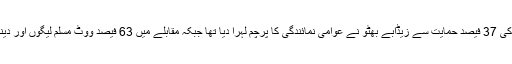
مغربی پاکستان میں مجموعی ووٹروں کی 37 فیصد حمایت سے زیڈابے بھٹو نے عوامی نمائندگی کا پرچم لہرا دیا تھا جبکہ مقابلے میں 63 فیصد ووٹ مسلم لیگوں اور دینی جماعتوں میں بٹ کر ضائع ہو گئے۔